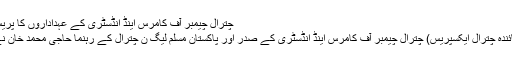
چترال چیمبر آف کامرس اینڈ انڈسٹری کے عہداداروں کا پریس کانفرنس
چترال ( نمائندہ چترال ایکسپریس) چترال چیمبر آف کامرس اینڈ انڈسٹری کے صدر اور پاکستان مسلم لیگ ن چترال کے رہنما حاجی محمد خان نے کہا ہے ۔